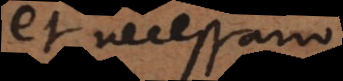
et necessario